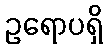
ဥရောပရှိ